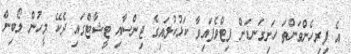
އެ ފިރިހެންވަންތަ ހަށިގަނޑަށް ފިޓްވެފައިވާ ކަޅުކުލައިގެ ޖިންސާއި ޓީޝާޓްގައި ދެކޭ މީހުން ލޯބިން